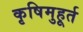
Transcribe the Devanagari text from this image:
कृषिमुहूर्त